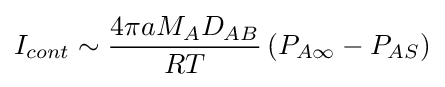
I_{cont}\sim {\frac {4\pi aM_{A}D_{AB}}{RT}}\left(P_{A\infty }-P_{AS}\right)